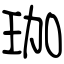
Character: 珈